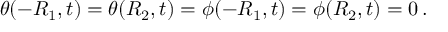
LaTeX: \theta ( - R _ { 1 } , t ) = \theta ( R _ { 2 } , t ) = \phi ( - R _ { 1 } , t ) = \phi ( R _ { 2 } , t ) = 0 \, .